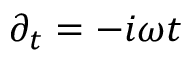
\partial _ { t } = - i \omega t